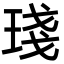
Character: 琖